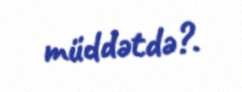
müddətdə?.